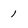
Character: 1